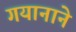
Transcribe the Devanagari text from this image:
गयानाने